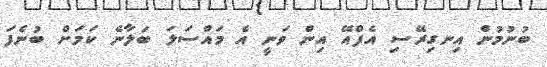
ބުނުމުން އިނގިރޭސި އެފްއޭ އިން ވަނީ އެ މައްސަލަ ބަލާނެ ކަމަށް ބުނެފަ